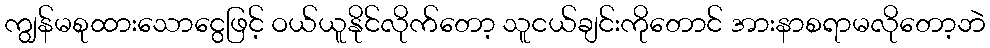
ကျွန်မစုထားသောငွေဖြင့် ဝယ်ယူနိုင်လိုက်တော့ သူငယ်ချင်းကိုတောင် အားနာစရာမလိုတော့ဘဲ